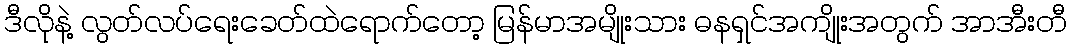
ဒီလိုနဲ့ လွတ်လပ်ရေးခေတ်ထဲရောက်တော့ မြန်မာအမျိုးသား ဓနရှင်အကျိုးအတွက် အာအီးတီ